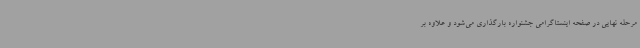
مرحله نهایی در صفحه اینستاگرامی جشنواره بارگذاری می‌شود و علاوه بر